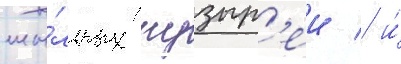
мы́льных пузыр'еи / и́